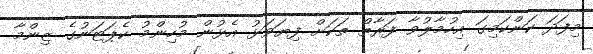
މިފަދަ ކަންކަމިގަ އިހުމާލުވާ ފަރާތް ތަކަށް ފިޔަވަޅު އެޅުން މުހިންމު ކެޕަޓަނުގެ ޒިންމާ